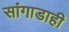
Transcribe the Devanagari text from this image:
सांगाडाही